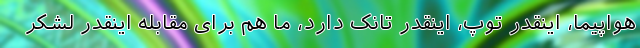
هواپیما، اینقدر توپ، اینقدر تانک دارد، ما هم برای مقابله اینقدر لشکر